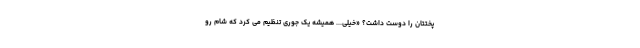
پختتان را دوست داشت؟ «خیلی... همیشه یک جوری تنظیم می کرد که شام رو